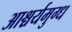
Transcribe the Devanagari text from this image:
आश्चर्यमुग्ध